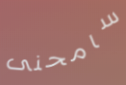
سامحنى